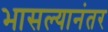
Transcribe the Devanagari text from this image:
भासल्यानंतर